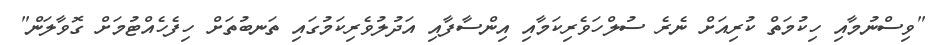
"ވިސްނުމާއި ހިކުމަތް ކުރިއަށް ނެރެ ސުލްހަވެރިކަމާއި އިންސާފާއި އަދުލުވެރިކަމުގައި ތަނބުތަށް ހިފެހެއްޓުމަށް ގޮވާލަން"